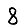
Digit: 8